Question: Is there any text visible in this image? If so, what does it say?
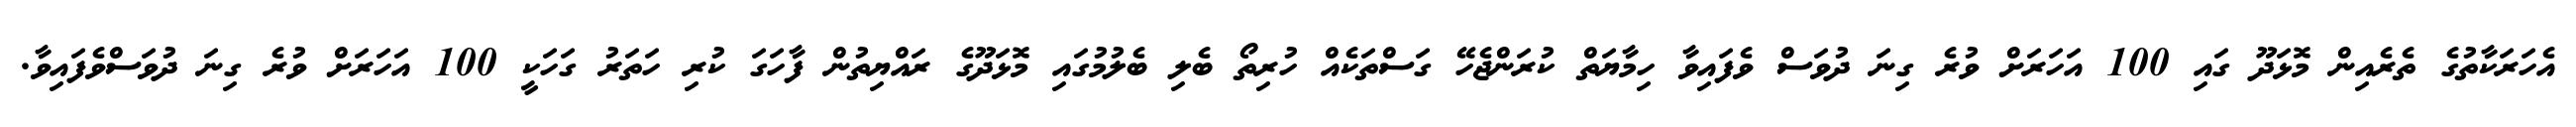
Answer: އެހަރަކާތުގެ ތެރެއިން މޮޅަދޫ ގައި 100 އަހަރަށް ވުރެ ގިނަ ދުވަސް ވެފައިވާ ހިމާޔަތް ކުރަންޖެހޭ ގަސްތަކެއް ހުރިތޯ ބެލި ބެލުމުގައި މޮޅަދޫގެ ރައްޔިތުން ފާހަގަ ކުރި ހަތަރު ގަހަކީ 100 އަހަރަށް ވުރެ ގިނަ ދުވަސްވެފައިވާ.